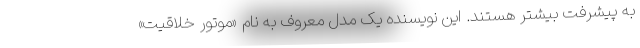
به پیشرفت بیشتر هستند. این نویسنده یک مدل معروف به نام «موتور خلاقیت»